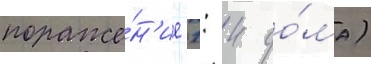
пораже́н'ие 1: 4 до́ма)